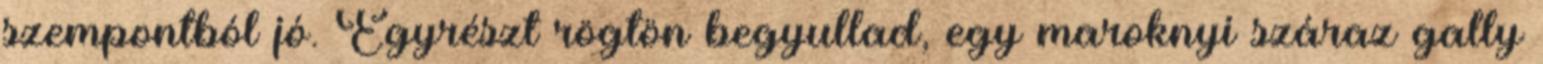
szempontból jó. Egyrészt rögtön begyullad, egy maroknyi száraz gally